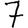
Digit: 7